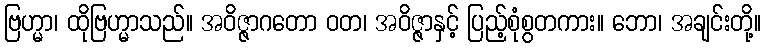
ဗြဟ္မာ၊ ထိုဗြဟ္မာသည်။ အဝိဇ္ဇာဂတော ဝတ၊ အဝိဇ္ဇာနှင့် ပြည့်စုံစွတကား။ ဘော၊ အချင်းတို့။